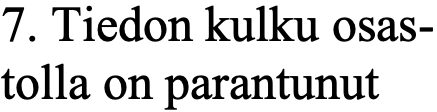
7. Tiedon kulku osas- tolla on parantunut